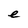
Character: e